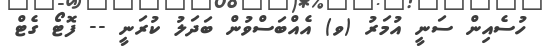
ހުސެއިން ސަނީ އުމަރު (ވ) އެއްބަސްވުން ބަދަލު ކުރަނީ -- ފޮޓޯ ގެޓް